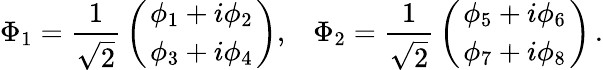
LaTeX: \Phi_{1}={\frac{1}{\sqrt{2}}}\left({{\phi_{1}+i\phi_{2}\atop\phi_{3}+i\phi_{4}}}\right),\; \; \; \Phi_{2}={\frac{1}{\sqrt{2}}}\left({{\phi_{5}+i\phi_{6}\atop\phi_{7}+i\phi_{8}}}\right)\, .